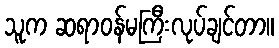
သူက ဆရာဝန်မကြီးလုပ်ချင်တာ။